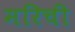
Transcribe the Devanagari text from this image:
मरिची